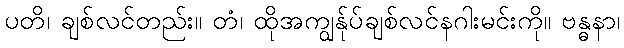
ပတိ၊ ချစ်လင်တည်း။ တံ၊ ထိုအကျွန်ုပ်ချစ်လင်နဂါးမင်းကို။ ဗန္ဓနာ၊